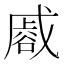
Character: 𮙏